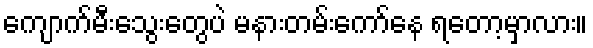
ကျောက်မီးသွေးတွေပဲ မနားတမ်းကော်နေ ရတော့မှာလား။